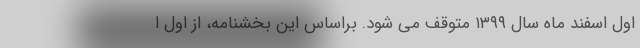
اول اسفند ماه سال ۱۳۹۹ متوقف می شود. براساس این بخشنامه، از اول ا